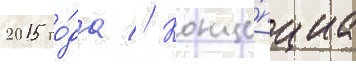
2015 го́да // Конце́пциа